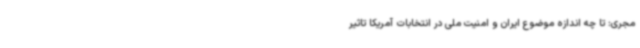
مجری: تا چه اندازه موضوع ایران و امنیت ملی در انتخابات آمریکا تاثیر